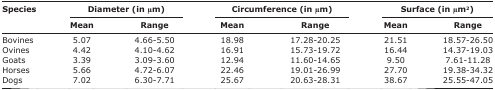
| <ROWSPAN=3> Species | <COLSPAN=2> Diameter (in μm) | <COLSPAN=2> Circumference (in μm) | <COLSPAN=2> Surface (in μm2) |
 | Mean | Range | Mean | Range | Mean | Range |
 | --- | --- | --- | --- | --- | --- | --- |
 | Bovines | 5.07 | 4.66-5.50 | 18.98 | 17.28-20.25 | 21.51 | 18.57-26.50 |
 | Ovines | 4.42 | 4.10-4.62 | 16.91 | 15.73-19.72 | 16.44 | 14.37-19.03 |
 | Goats | 3.39 | 3.09-3.60 | 12.94 | 11.60-14.65 | 9.50 | 7.61-11.28 |
 | Horses | 5.66 | 4.72-6.07 | 22.46 | 19.01-26.99 | 27.70 | 19.38-34.32 |
 | Dogs | 7.02 | 6.30-7.71 | 25.67 | 20.63-28.31 | 38.67 | 25.55-47.05 |